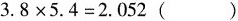
$$3.8 \times 5.4=2.052()$$